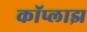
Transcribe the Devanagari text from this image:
कॉप्लाझ